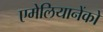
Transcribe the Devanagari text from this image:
एमेलियानेंको